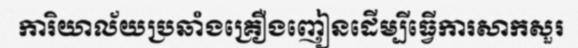
ការិយាល័យប្រឆាំងគ្រឿងញៀនដើម្បីធ្វើការសាកសួរ